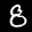
Digit: 8